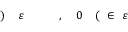
\! \! \! \! \! \! \! \! \! \! \! \varepsilon \! \! \! \! \! \! \! \! \! \! \! \! \in \! \! \! \! \! \! \! \! \! \! \! \! ( \! \! \! \! \! \! \! \! \! \! \! \! 0 \! \! \! \! \! \! \! \! \! \! \! \! , \! \! \! \! \! \! \! \! \! \! \! \! \overline { \! } \! \! \! \! \! \! \! \! \! \! \! \varepsilon \! \! \! \! \! \! \! \! \! \! \! \! ) \! \! \! \! \! \! \! \! \! \! \!